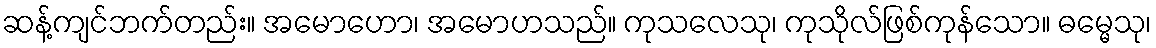
ဆန့်ကျင်ဘက်တည်း။ အမောဟော၊ အမောဟသည်။ ကုသလေသု၊ ကုသိုလ်ဖြစ်ကုန်သော။ ဓမ္မေသု၊